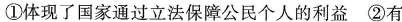
①体现了国家通过立法保障公民个人的利益②有